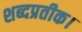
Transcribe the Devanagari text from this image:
शब्दप्रतीक।